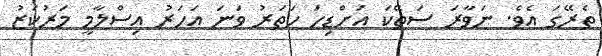
ތެރޭގަ އެވެ. ނަވާރަ ސަތޭކަ އަށްޑިހަ ހަތަރު ވަނަ އަހަރު އިސްލާމީ މަރުކަޒު